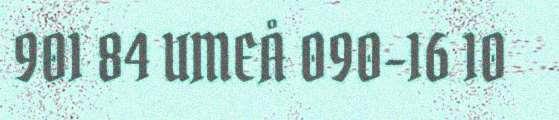
901 84 UMEÅ 090-16 10